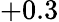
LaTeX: +0.3